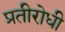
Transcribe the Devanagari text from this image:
प्रतीरोधी